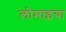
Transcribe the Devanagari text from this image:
लोमाइया